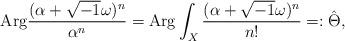
LaTeX: \begin{align*}{\rm Arg} \frac{(\alpha+\sqrt{-1}\omega)^{n}}{\alpha^{n}} = {\rm Arg}\int_{X}\frac{ (\alpha+\sqrt{-1}\omega)^{n}}{n!} =: \hat{\Theta},\end{align*}